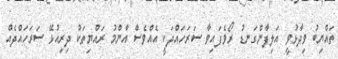
ތައްޔިބު ވިދާޅުވީ އަލިފާންގަނޑު ރޯވެފައިވާ ސަރަހައްދަކީ އެއްވެސް އާންމު ރައްޔިތަކު ދިރިއުޅޭ ސަރަހައްދެއް